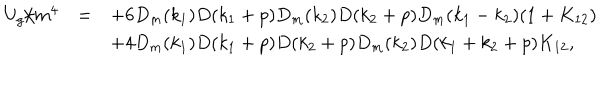
LaTeX: \begin{array} { r c l } { { U _ { g } / m ^ { 4 } } } & { { = } } & { { \displaystyle + 6 D _ { m } ( k _ { 1 } ) D ( k _ { 1 } + p ) D _ { m } ( k _ { 2 } ) D ( k _ { 2 } + p ) D _ { m } ( k _ { 1 } - k _ { 2 } ) ( 1 + K _ { 1 2 } ) } } \\ { { } } & { { } } & { { \displaystyle + 4 D _ { m } ( k _ { 1 } ) D ( k _ { 1 } + p ) D ( k _ { 2 } + p ) D _ { m } ( k _ { 2 } ) D ( k _ { 1 } + k _ { 2 } + p ) K _ { 1 2 } , } } \\ \end{array}